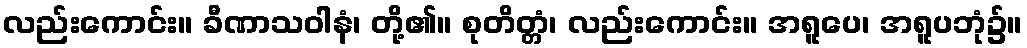
လည်းကောင်း။ ခီဏာသဝါနံ၊ တို့၏။ စုတိတ္တံ၊ လည်းကောင်း။ အရူပေ၊ အရူပဘုံ၌။